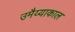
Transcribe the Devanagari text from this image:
उमैय्याकाल